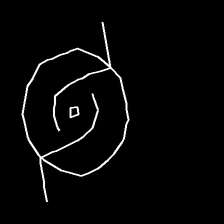
Glyph: repetition